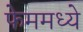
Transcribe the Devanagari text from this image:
फेममध्ये